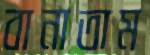
বানাতাম